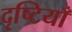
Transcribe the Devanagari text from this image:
दृष्‍टियाँ